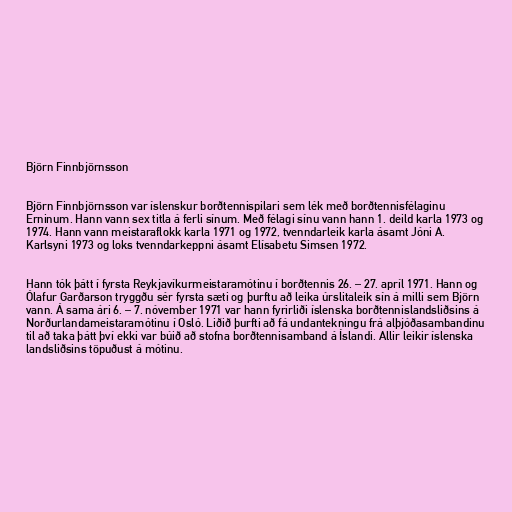
Björn Finnbjörnsson

Björn Finnbjörnsson var íslenskur borðtennispilari sem lék með borðtennisfélaginu
Erninum. Hann vann sex titla á ferli sínum. Með félagi sínu vann hann 1. deild karla 1973 og
1974. Hann vann meistaraflokk karla 1971 og 1972, tvenndarleik karla ásamt Jóni A.
Karlsyni 1973 og loks tvenndarkeppni ásamt Elísabetu Simsen 1972.

Hann tók þátt í fyrsta Reykjavíkurmeistaramótinu í borðtennis 26. – 27. apríl 1971. Hann og
Ólafur Garðarson tryggðu sér fyrsta sæti og þurftu að leika úrslitaleik sín á milli sem Björn
vann. Á sama ári 6. – 7. nóvember 1971 var hann fyrirliði íslenska borðtennislandsliðsins á
Norðurlandameistaramótinu í Osló. Liðið þurfti að fá undantekningu frá alþjóðasambandinu
til að taka þátt því ekki var búið að stofna borðtennisamband á Íslandi. Allir leikir íslenska
landsliðsins töpuðust á mótinu.